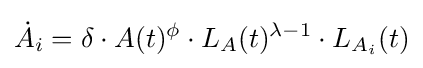
{\dot {A}}_{i}=\delta \cdot A(t)^{\phi }\cdot L_{A}(t)^{\lambda -1}\cdot L_{A_{i}}(t)